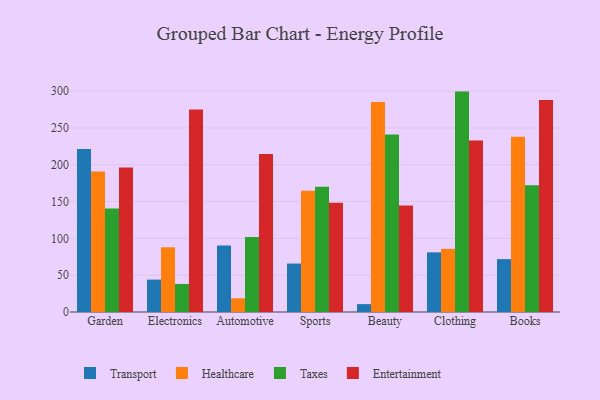
{"axis": {"x": "Category", "y": "Temperature (°C)"}, "legend": ["Entertainment", "Healthcare", "Taxes", "Transport"], "data": [{"x": "Garden", "y": 221.3, "type": "Transport"}, {"x": "Garden", "y": 190.8, "type": "Healthcare"}, {"x": "Garden", "y": 140.5, "type": "Taxes"}, {"x": "Garden", "y": 196.3, "type": "Entertainment"}, {"x": "Electronics", "y": 44.0, "type": "Transport"}, {"x": "Electronics", "y": 88.0, "type": "Healthcare"}, {"x": "Electronics", "y": 38.1, "type": "Taxes"}, {"x": "Electronics", "y": 274.9, "type": "Entertainment"}, {"x": "Automotive", "y": 90.3, "type": "Transport"}, {"x": "Automotive", "y": 18.6, "type": "Healthcare"}, {"x": "Automotive", "y": 102.0, "type": "Taxes"}, {"x": "Automotive", "y": 214.5, "type": "Entertainment"}, {"x": "Sports", "y": 65.8, "type": "Transport"}, {"x": "Sports", "y": 164.8, "type": "Healthcare"}, {"x": "Sports", "y": 170.2, "type": "Taxes"}, {"x": "Sports", "y": 148.2, "type": "Entertainment"}, {"x": "Beauty", "y": 10.7, "type": "Transport"}, {"x": "Beauty", "y": 285.1, "type": "Healthcare"}, {"x": "Beauty", "y": 241.1, "type": "Taxes"}, {"x": "Beauty", "y": 144.6, "type": "Entertainment"}, {"x": "Clothing", "y": 81.0, "type": "Transport"}, {"x": "Clothing", "y": 85.7, "type": "Healthcare"}, {"x": "Clothing", "y": 299.3, "type": "Taxes"}, {"x": "Clothing", "y": 233.0, "type": "Entertainment"}, {"x": "Books", "y": 71.8, "type": "Transport"}, {"x": "Books", "y": 238.0, "type": "Healthcare"}, {"x": "Books", "y": 172.0, "type": "Taxes"}, {"x": "Books", "y": 287.8, "type": "Entertainment"}]}